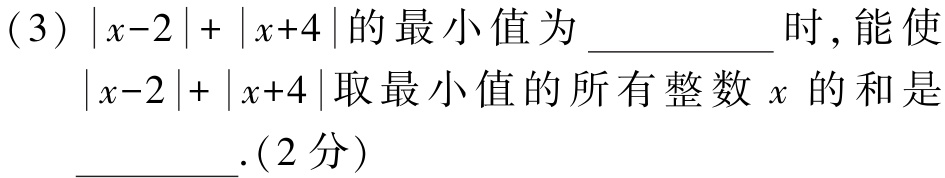
(3) \(|x - 2|+|x + 4|\)的最小值为__________时，能使\(|x - 2|+|x + 4|\)取最小值的所有整数\(x\)的和是__________.(2分)